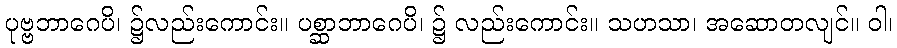
ပုဗ္ဗဘာဂေပိ၊ ၌လည်းကောင်း။ ပစ္ဆာဘာဂေပိ၊ ၌ လည်းကောင်း။ သဟသာ၊ အဆောတလျင်။ ဝါ၊